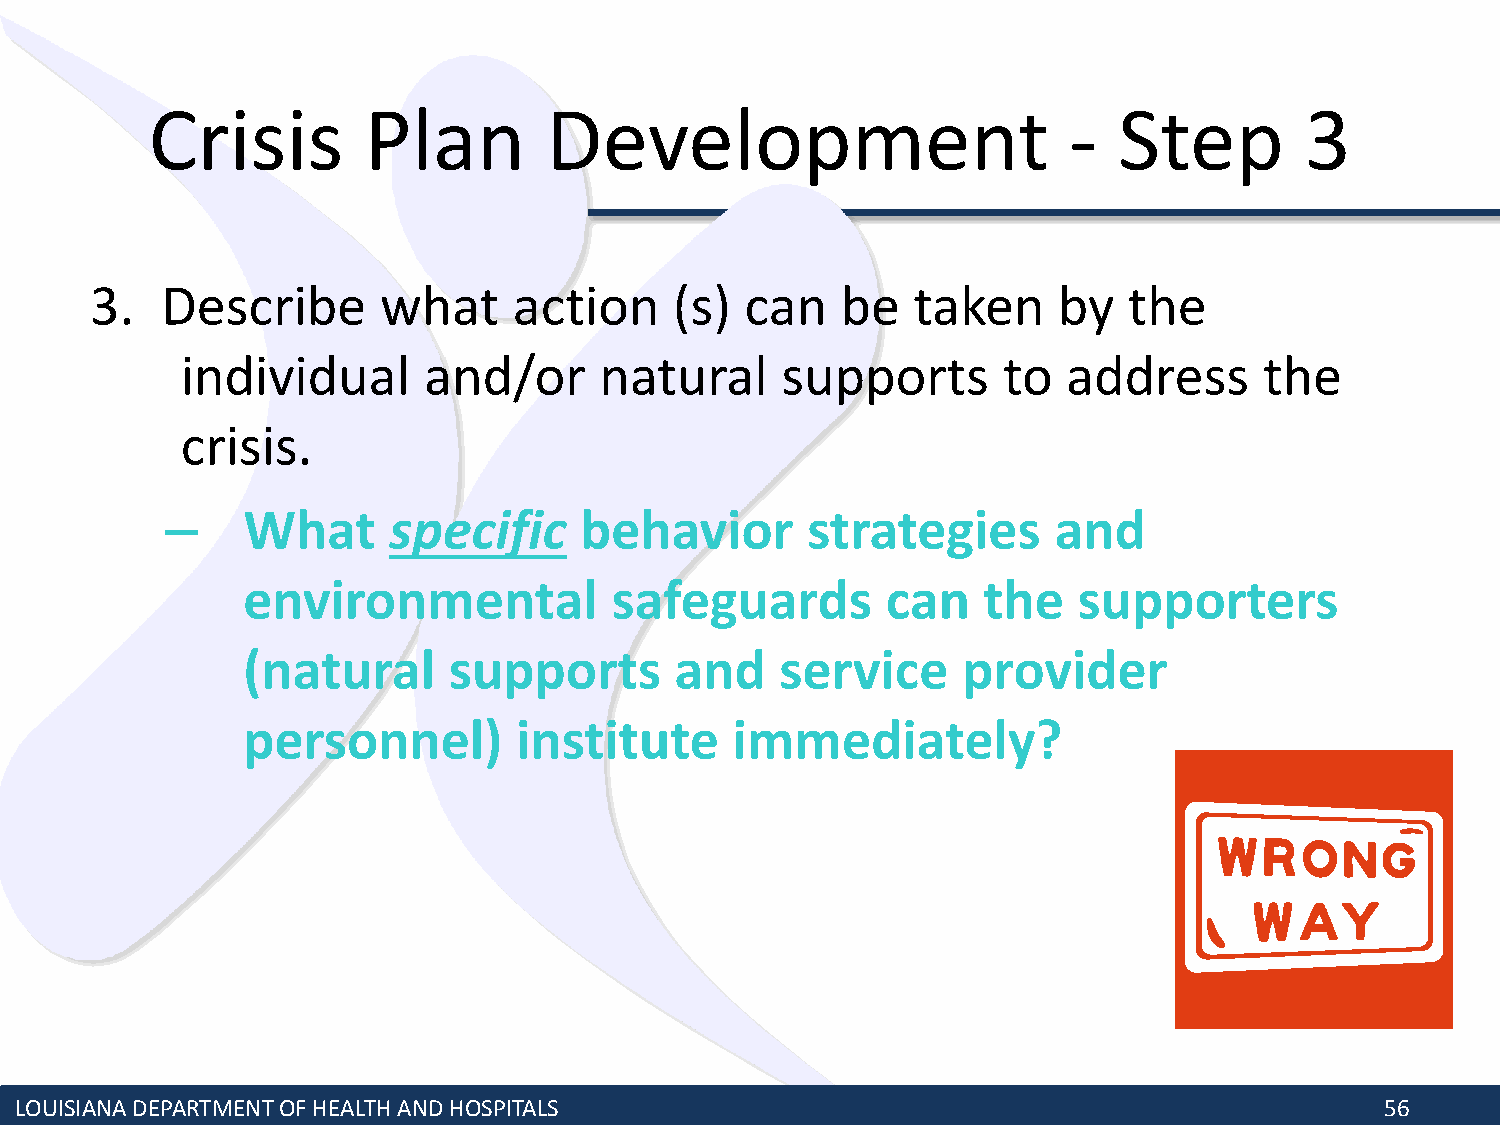
Crisis        Plan        Development                        -  Step        3
 3.   Describe      what     action     (s) can    be  taken     by   the
 individual      and/or      natural     supports      to   address      the
 crisis.
 –    What      specific    behavior       strategies       and
 environmental           safeguards         can   the   supporters
 (natural      supports       and    service     provider
 personnel)        institute      immediately?
 LOUISIANA DEPARTMENT OF HEALTH AND HOSPITALS                                               56